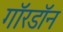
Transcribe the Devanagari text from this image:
गॉरडॉन